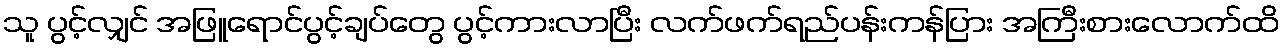
သူ ပွင့်လျှင် အဖြူရောင်ပွင့်ချပ်တွေ ပွင့်ကားလာပြီး လက်ဖက်ရည်ပန်းကန်ပြား အကြီးစားလောက်ထိ